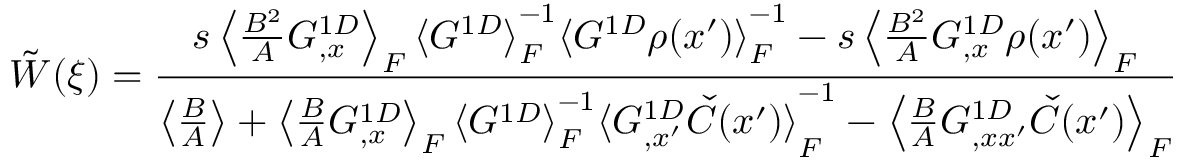
\, \, \tilde { W } ( \xi ) = \frac { s \left\langle { \frac { B ^ { 2 } } { A } G _ { , x } ^ { 1 D } } \right\rangle _ { F } { \langle G ^ { 1 D } \rangle } _ { F } ^ { - 1 } { \langle G ^ { 1 D } \rho ( x ^ { \prime } ) \rangle } _ { F } ^ { - 1 } - s \left\langle { \frac { B ^ { 2 } } { A } G _ { , x } ^ { 1 D } \rho ( x ^ { \prime } ) } \right\rangle _ { F } } { \left\langle { \frac { B } { A } } \right\rangle + \left\langle { \frac { B } { A } G _ { , x } ^ { 1 D } } \right\rangle _ { F } { \langle G ^ { 1 D } \rangle } _ { F } ^ { - 1 } { \langle G _ { , x ^ { \prime } } ^ { 1 D } \check { C } ( x ^ { \prime } ) \rangle } _ { F } ^ { - 1 } - \left\langle { \frac { B } { A } G _ { , x x ^ { \prime } } ^ { 1 D } \check { C } ( x ^ { \prime } ) } \right\rangle _ { F } }